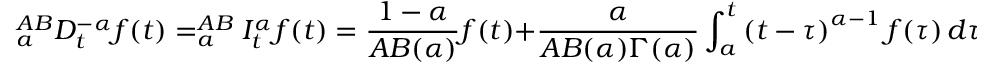
_ { a } ^ { A B } D _ { t } ^ { - \alpha } f ( t ) = _ { a } ^ { A B } I _ { t } ^ { \alpha } f ( t ) = { \frac { 1 - \alpha } { A B ( \alpha ) } } f ( t ) + { \frac { \alpha } { A B ( \alpha ) \Gamma ( \alpha ) } } \int _ { a } ^ { t } \left( t - \tau \right) ^ { \alpha - 1 } f ( \tau ) \, d \tau ,